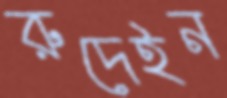
রুদেইন